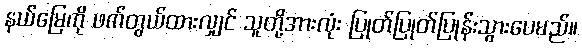
နယ်မြေကို ဖက်တွယ်ထားလျှင် သူတို့အားလုံး ပြုတ်ပြုတ်ပြုန်းသွားပေမည်။